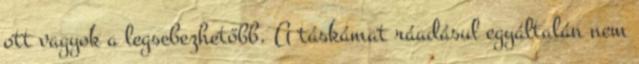
ott vagyok a legsebezhetőbb. A táskámat ráadásul egyáltalán nem